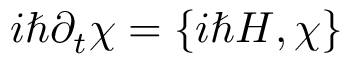
i \hbar \partial _ { t } \chi = \{ i \hbar H , \chi \}